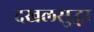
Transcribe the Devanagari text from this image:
दखलसुद्धा